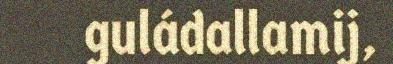
guládallamij,